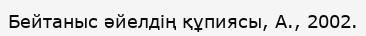
Бейтаныс әйелдің құпиясы, А., 2002.